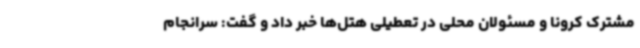
مشترک کرونا و مسئولان محلی در تعطیلی هتل‌ها خبر داد و گفت: سرانجام